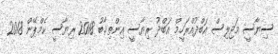
ސިޔާސީ މަޖިލިސް އަބްދުއްރަހީމް އަބްދު ރިޔާސީ އިންތިޚާބު 2018 ރިޔާސީ ކެމްޕޭން 2018